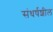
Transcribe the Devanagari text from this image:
संधर्षशील